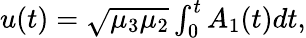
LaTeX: \begin{array}{r}{u(t)=\sqrt{\mu_{3}\mu_{2}}\int_{0}^{t}A_{1}(t)dt,}\end{array}